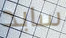
سايد